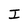
Character: I